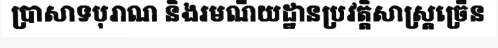
ប្រាសាទបុរាណ និងរមណីយដ្ឋានប្រវត្តិសាស្ត្រច្រើន